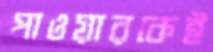
পাওয়ারকেই